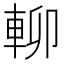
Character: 𨋖